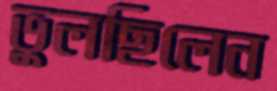
ভুলছিলেন